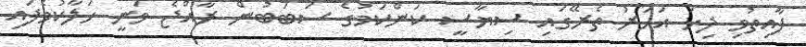
ފާއިތުވި ދިހަ އަހަރު ތެރޭގައި ސިޔާސީ ކަންކަމުގެ ސަބަބުން ރާއްޖެ ވަނީ ހަލާކުވެފައި